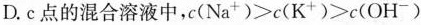
D.c点的混合溶液中，$$c(Na^{+})>c(K^{+})>c(OH^{-})$$